Indian journal of veterinary science and animal husbandry - Volume 1,
Year: 1931
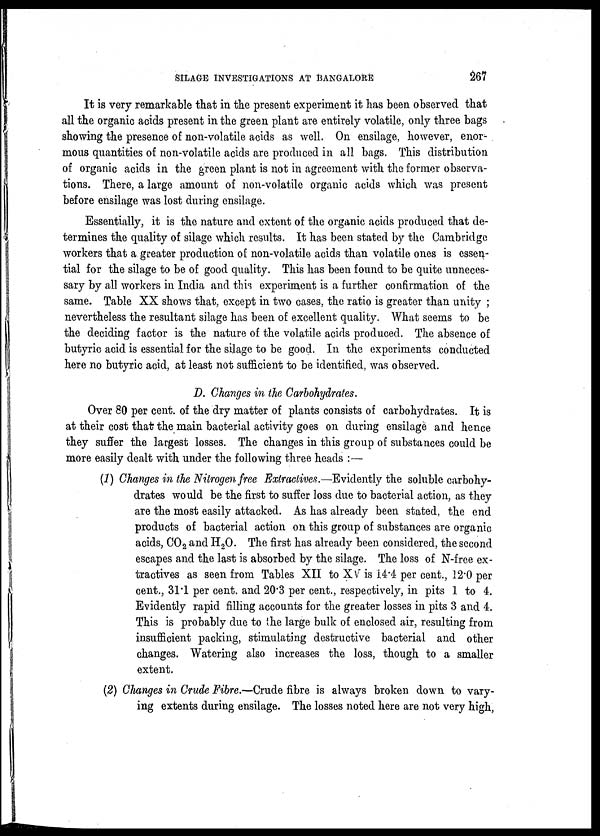
SILAGE INVESTIGATIONS AT BANGALORE
267
It is very remarkable that in the present experiment it has been observed that
all the organic acids present in the green plant are entirely volatile, only three bags
showing the presence of non-volatile acids as well. On ensilage, however, enor-
mous quantities of non-volatile acids are produced in all bags. This distribution
of organic acids in the green plant is not in agreement with the former observa-
tions. There, a large amount of non-volatile organic acids which was present
before ensilage was lost during ensilage.
Essentially, it is the nature and extent of the organic acids produced that de-
termines the quality of silage which results. It has been stated by the Cambridge
workers that a greater production of non-volatile acids than volatile ones is essen-
tial for the silage to be of good quality. This has been found to be quite unneces-
sary by all workers in India and this experiment is a further confirmation of the
same. Table XX shows that, except in two cases, the ratio is greater than unity ;
nevertheless the resultant silage has been of excellent quality. What seems to be
the deciding factor is the nature of the volatile acids produced. The absence of
butyric acid is essential for the silage to be good. In the experiments conducted
here no butyric acid, at least not sufficient to be identified, was observed.
D. Changes in the Carbohydrates.
Over 80 per cent. of the dry matter of plants consists of carbohydrates. It is
at their cost that the main bacterial activity goes on during ensilage and hence
they suffer the largest losses. The changes in this group of substances could be
more easily dealt with under the following three heads :—
(1) Changes in the Nitrogen free Extractives.—Evidently the soluble carbohy-
drates would be the first to suffer loss due to bacterial action, as they
are the most easily attacked. As has already been stated, the end
products of bacterial action on this group of substances are organic
acids, CO 2 and H 2 O. The first has already been considered, the second
escapes and the last is absorbed by the silage. The loss of N-free ex-
tractives as seen from Tables XII to XV is 14.4 per cent., 12.0 per
cent., 31.1 per cent. and 20.3 per cent., respectively, in pits 1 to 4.
Evidently rapid filling accounts for the greater losses in pits 3 and 4.
This is probably due to the large bulk of enclosed air, resulting from
insufficient packing, stimulating destructive bacterial and other
changes. Watering also increases the loss, though to a smaller
extent.
(2) Changes in Crude Fibre.—Crude fibre is always broken down to vary-
ing extents during ensilage. The losses noted here are not very high,